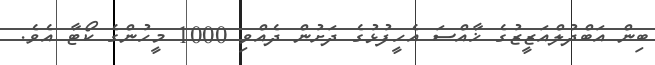
ބިން އަބްދުލްއަޒީޒުގެ ޚާއްސަ އެހީފުޅުގެ ދަށުން ދެއްވި 1000 މީހުންގެ ކޯޓާ އެވެ.